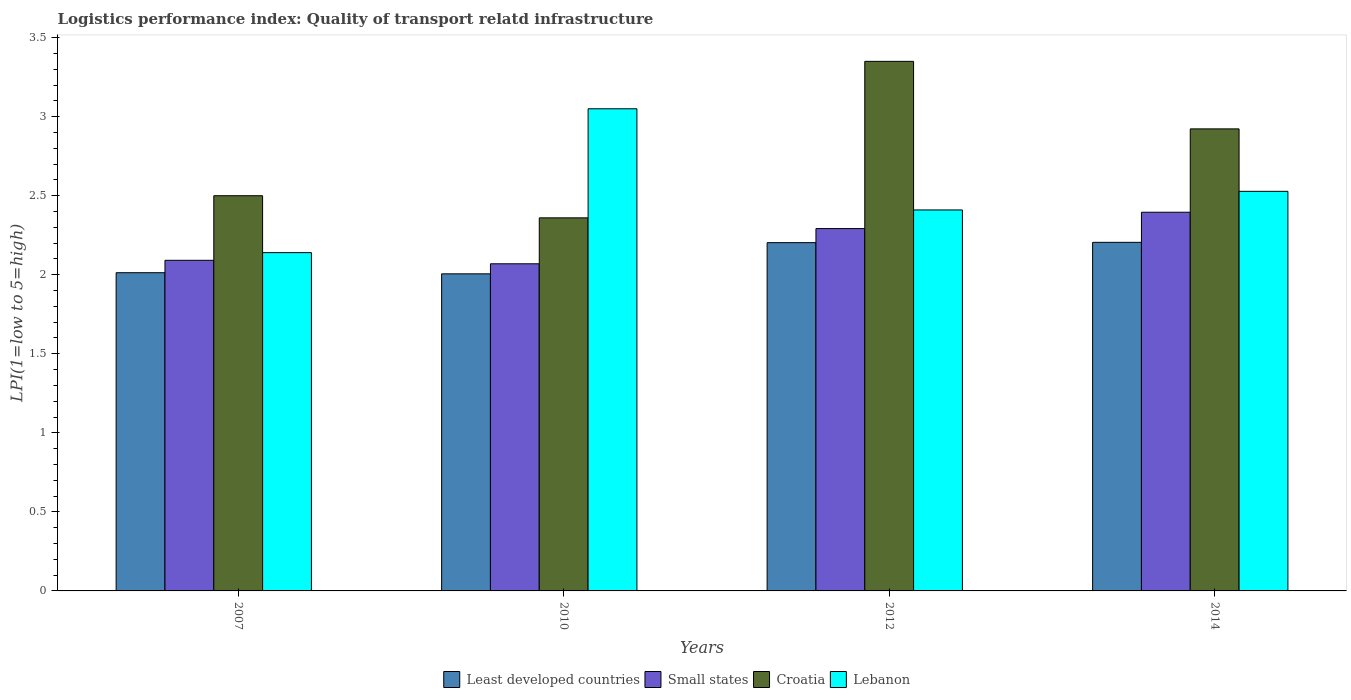
| Years | Least developed countries | Small states | Croatia | Lebanon |
 | --- | --- | --- | --- | --- |
 | 2007 | 2.01 | 2.09 | 2.5 | 2.14 |
 | 2010 | 2.01 | 2.07 | 2.36 | 3.05 |
 | 2012 | 2.2 | 2.29 | 3.35 | 2.41 |
 | 2014 | 2.21 | 2.4 | 2.92 | 2.53 |